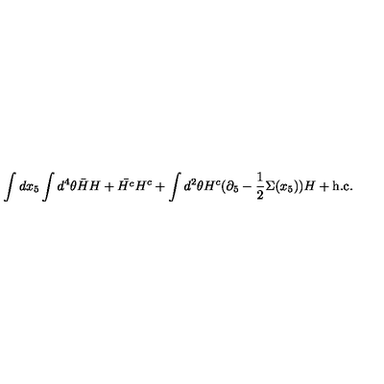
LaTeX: \int d x _ { 5 } \int d ^ { 4 } \theta \bar { H } H + \bar { H ^ { c } } H ^ { c } + \int d ^ { 2 } \theta H ^ { c } ( \partial _ { 5 } - \frac { 1 } { 2 } \Sigma ( x _ { 5 } ) ) H + \mathrm { h . c . }